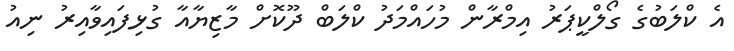
އެ ކްލަބުގެ ގޯލްކީޕަރު އިމްރާން މުހައްމަދު ކްލަބް ދޫކޮށް މާޒިޔާއާ ގުޅިފައިވާއިރު ނިއު